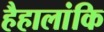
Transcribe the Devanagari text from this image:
हैहालांकि